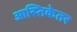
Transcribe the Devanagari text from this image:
आस्तिकेतर